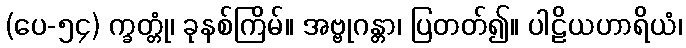
(ပေ-၅၄) က္ခတ္တုံ၊ ခုနစ်ကြိမ်။ အဗ္ဗုဂန္တာ၊ ပြတတ်၍။ ပါဠိယဟာရိယံ၊